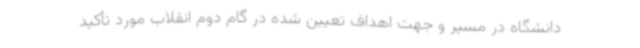
دانشگاه در مسیر و جهت اهداف تعیین شده در گام دوم انقلاب مورد تأکید